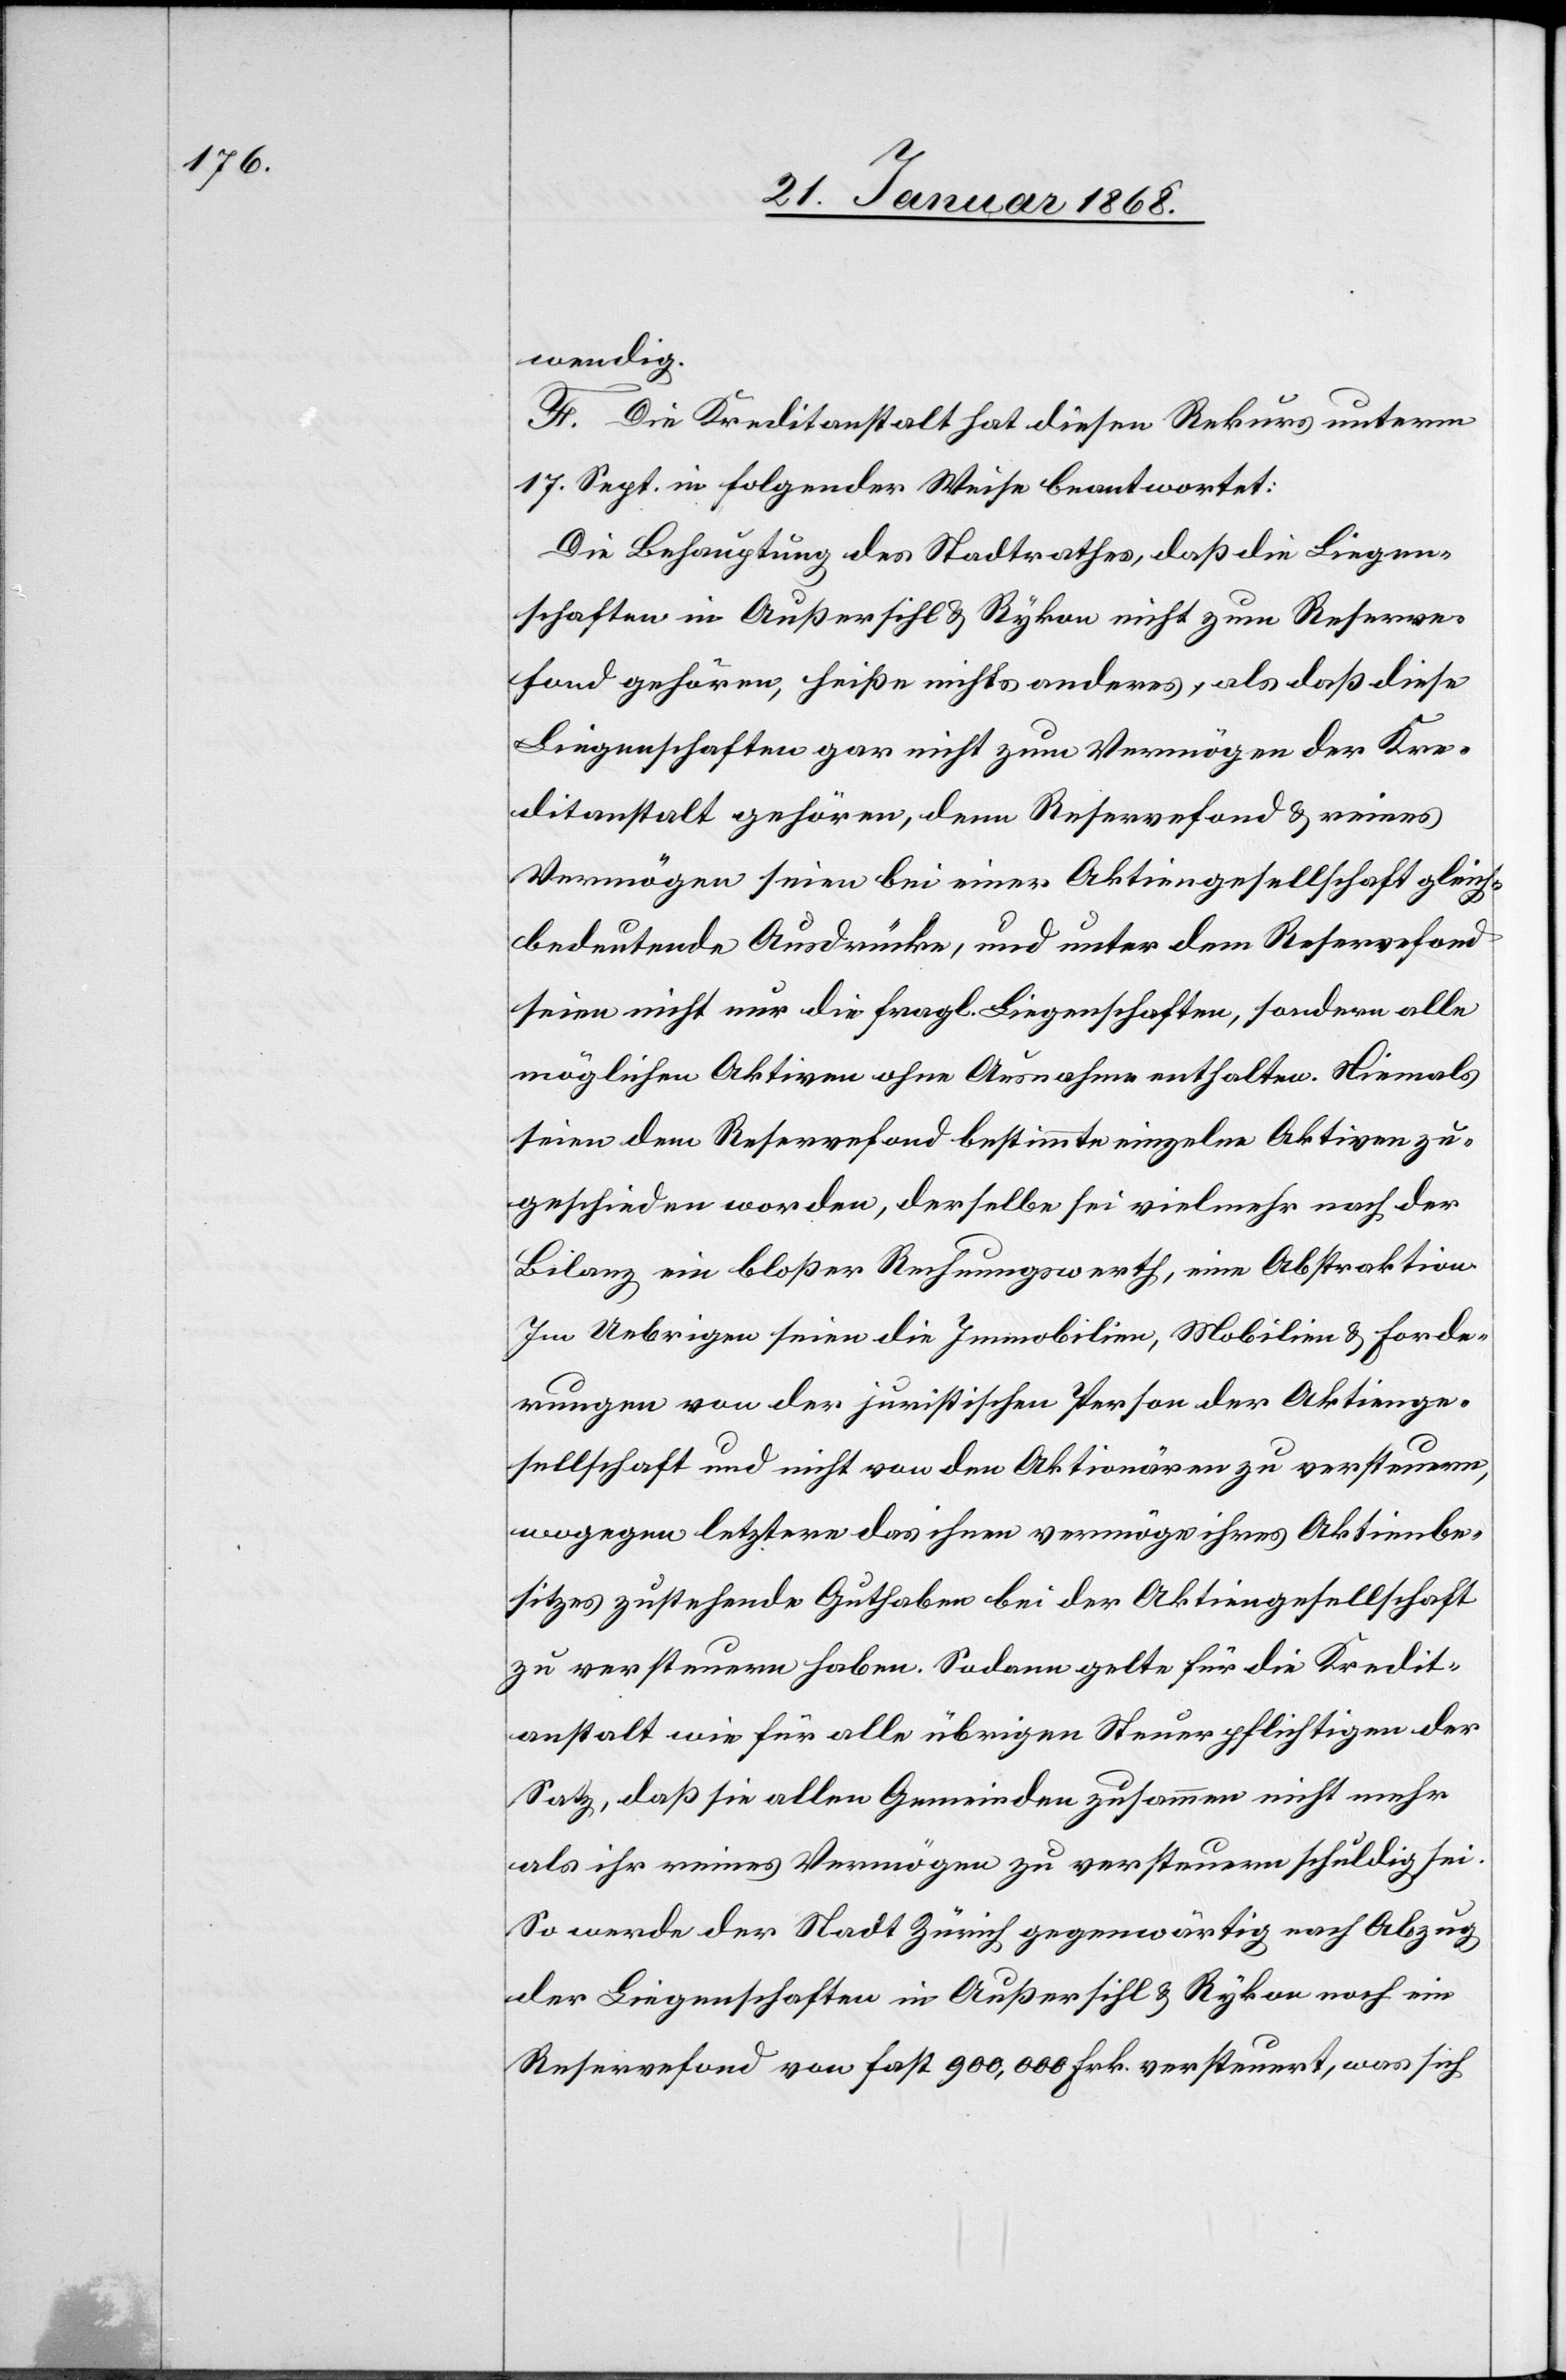
wendig.
F. Die Kreditanstalt hat diesen Rekurs unterm
17. Sept. in folgender Weise beantwortet:
Die Behauptung des Stadtrathes, daß die Liegen¬
schaften in Außersihl & Rykon nicht zum Reserve¬
fond gehören, heiße nichts anderes, als daß diese
Liegenschaften gar nicht zum Vermögen der Kre¬
ditanstalt gehören, denn Reservefond & reines
Vermögen seien bei einer Aktiengesellschaft gleich¬
bedeutende Ausdrücke, und unter dem Reservefond
seien nicht nur die fragl. Liegenschaften, sondern alle
möglichen Aktiven ohne Ausnahme enthalten. Niemals
seien dem Reservefond bestimmte einzelne Aktiven zu¬
geschieden worden, derselbe sei vielmehr nach der
Bilanz ein bloßer Rechnungswerth, eine Abstraktion.
Im Uebrigen seien die Immobilien, Mobilien & Forde¬
rungen von der juristischen Person der Aktienge¬
sellschaft und nicht von den Aktionären zu versteuern,
wogegen letztere das ihnen vermöge ihres Aktienbe¬
sitzes zustehende Guthaben bei der Aktiengesellschaft
zu versteuern haben. Sodann gelte für die Kredit¬
anstalt wie für alle übrigen Steuerpflichtigen der
Satz, daß sie allen Gemeinden zusammen nicht mehr
als ihr reines Vermögen zu versteuern schuldig sei.
So werde der Stadt Zürich gegenwärtig nach Abzug
der Liegenschaften in Außersihl & Rykon noch ein
Reservefond von fast 900,000 Frk. versteuert, was sich